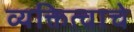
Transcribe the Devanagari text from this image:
व्यक्तित्वाचे